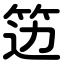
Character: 笾